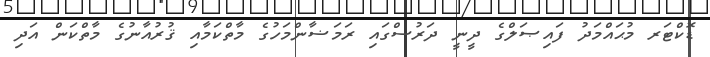
ޑޮކްޓަރ މުޙައްމަދު ފައިޞަލްގެ ދީނީ ދަރުސްގައި ރަމަޟާންމަހުގެ މާތްކަމާއި ޤުރުއާނުގެ މާތްކަން އަދި